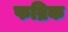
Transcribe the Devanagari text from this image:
फब्रिक